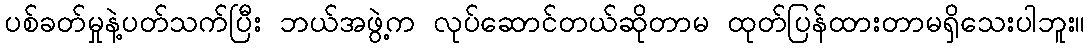
ပစ်ခတ်မှုနဲ့ပတ်သက်ပြီး ဘယ်အဖွဲ့က လုပ်ဆောင်တယ်ဆိုတာမ ထုတ်ပြန်ထားတာမရှိသေးပါဘူး။